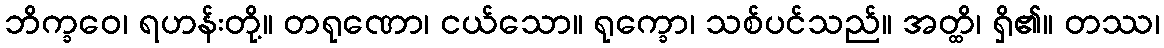
ဘိက္ခဝေ၊ ရဟန်းတို့။ တရုဏော၊ ငယ်သော။ ရုက္ခော၊ သစ်ပင်သည်။ အတ္ထိ၊ ရှိ၏။ တဿ၊